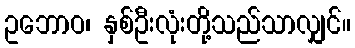
ဥဘောဝ၊ နှစ်ဦးလုံးတို့သည်သာလျှင်။